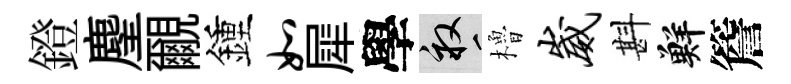
鐙麈覼鍾如犀學畝櫓崴斟鮮簷